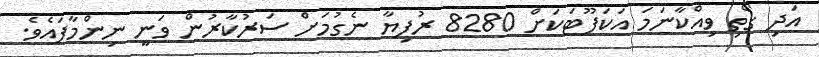
އަދި ގޯތި ވިއްކާނަމަ އަކަފޫޓަކަށް 8280 ރުފިޔާ ނެގުމަށް ސަރުކާރުން ވަނީ ނިންމާފައެވެ.